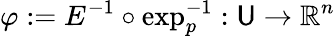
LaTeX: \varphi:=E^{-1}\circ\exp_{p}^{-1}:\mathsf{U}\rightarrow\mathbb{{R}}^{n}